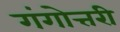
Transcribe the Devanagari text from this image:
गंगोत्तरी